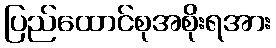
ပြည်ထောင်စုအစိုးရအား